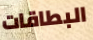
البطاقات